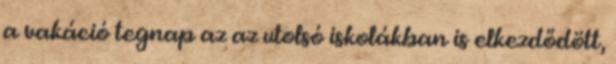
a vakáció tegnap az az utolsó iskolákban is elkezdődött,